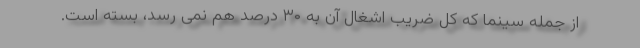
از جمله سینما که کل ضریب اشغال آن به ۳۰ درصد هم نمی رسد، بسته است.